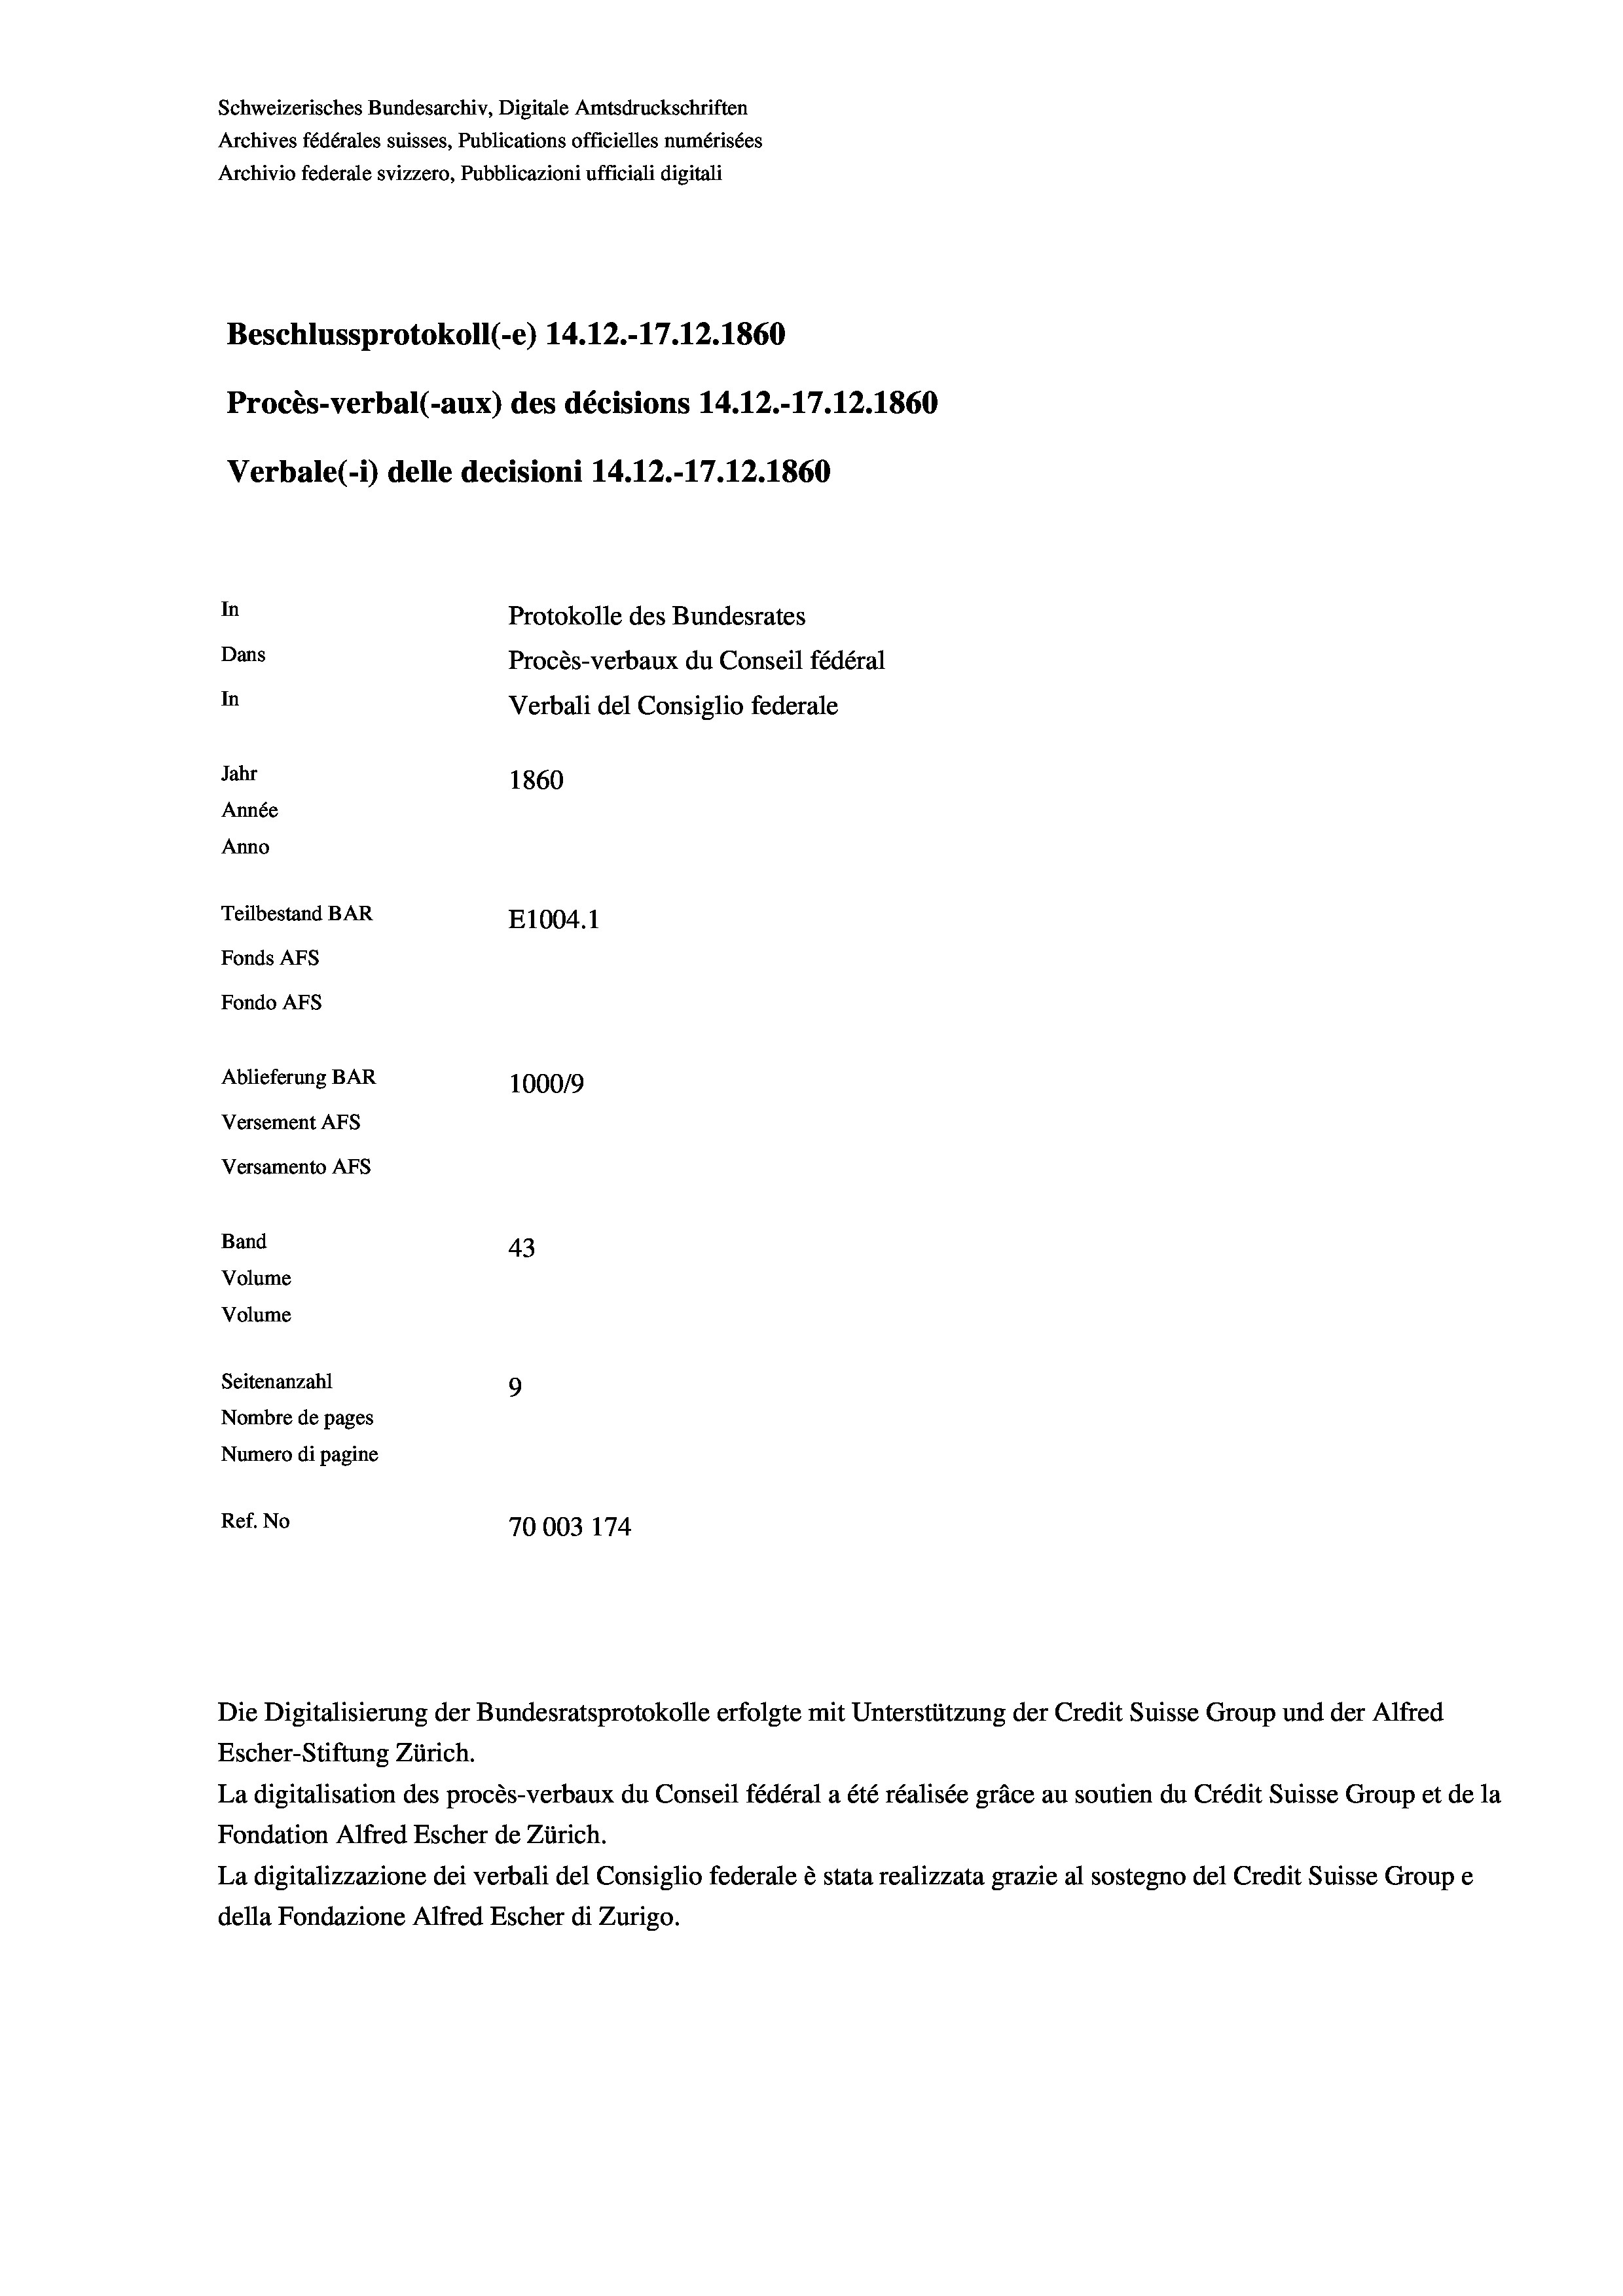
Schweizerisches Bundesarchiv, Digitale Amtsdruckschriften
Archives fédérales suisses, Publications officielles numérisées
Archivio federale svizzero, Pubblicazioni ufficiali digitali
Beschlussprotokoll (-e) 14.12.-17.12.1860
Procès-verbal (-aux) des décisions 14.12.-17.12.1860
Verbale (i) delle decisioni 14.12.-17.12.1860
In
Protokolle des Bundesrates
Dans
Procès-verbaux du Conseil fédéral
In
Verbali del Consiglio federale
Jahr
1860
Année
Anno
Teilbestand BAR
E1004. 1
Fonds AFs
Fondo Afs
Ablieferung BAR
100019
Versement AFs
Versamento Afs

43
Seitenanzahl
9
Nombre de pages
Numero di pagine
Ref. No
70003 174

Band
Volume
Volume

La digitalisation des procès-verbaux du Conseil fédéral a été réalisée gräce au soutien du Crédit Suisse Group et de la
Fondation Alfred Escher de Zürich.
La digitalizzazione dei verbali del Consiglio federale è stata realizzata grazie al sostegno del Credit Suisse Groupe
della Fondazione Alfred Escher di Zurigo.

Die Digitalisierung der Bundesratsprotokolle erfolgte mit Unterstützung der Credit Suisse Group und der Alfred
Escher-Stiftung Zürich.